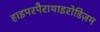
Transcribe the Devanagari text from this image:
हाइपरपैराथाइरोडिज़म